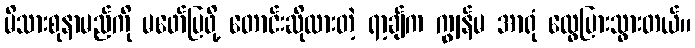
မိသားစုနာမည်ကို မဖော်ပြဖို့ တောင်းဆိုထားတဲ့ ရာ့ချ်က ကျွန်မ အာရုံ ထွေပြားသွားတယ်။